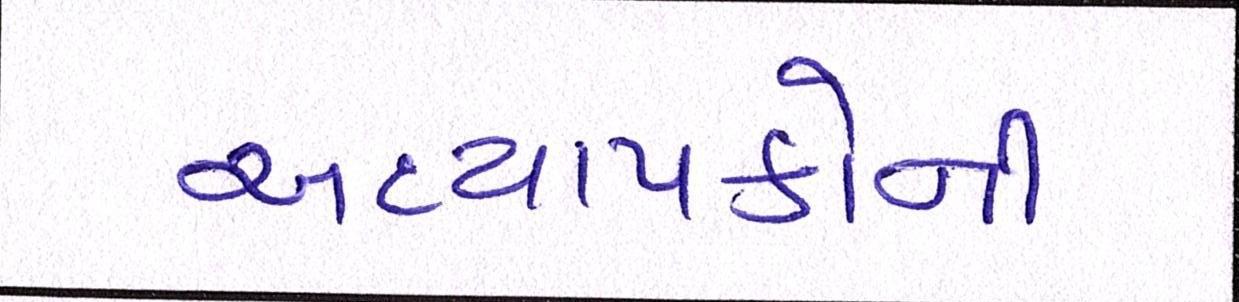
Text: અધ્યાપકોની